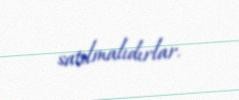
satılmalıdırlar.